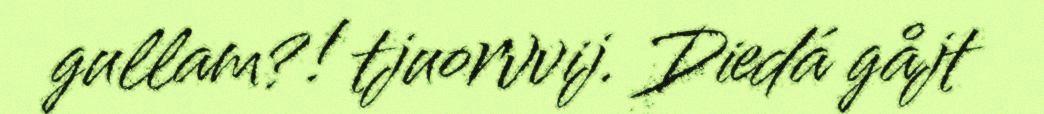
gullam?! tjuorvvij. Diedá gåjt